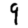
Digit: 9